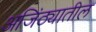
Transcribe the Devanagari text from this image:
अजिंठ्यातील